Civil Veterinary Dept. Bombay admin report 1932-41 - 1932-1941
Year: 1932
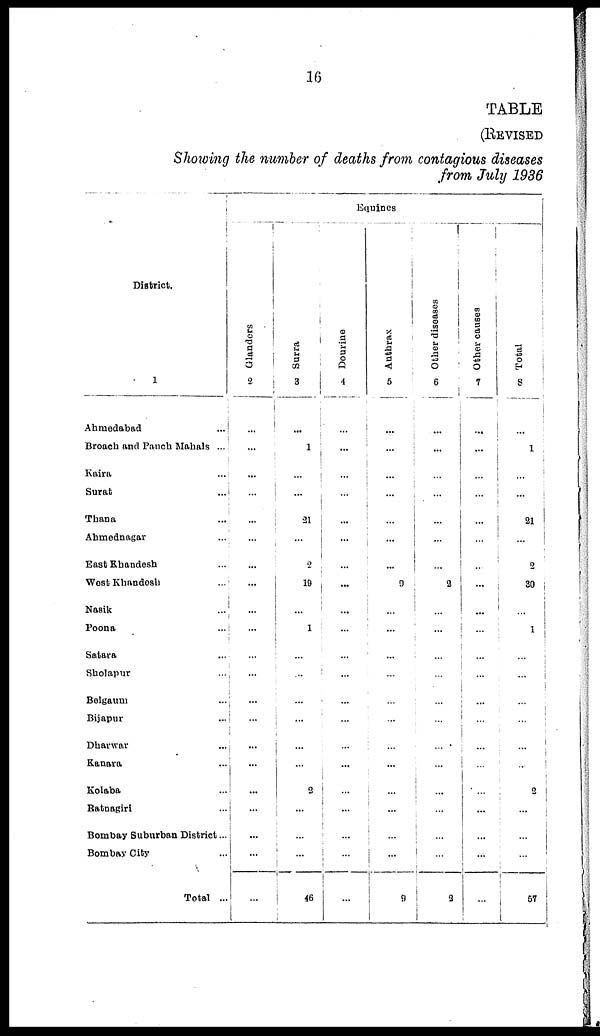
16
TABLE
(REVISED
Showing the number of deaths from contagious diseases
from July 1936
District.
1
Ahmedabad ...
Broach and Panch Mahals ...
Kaira ...
Surat ...
Thana ...
Ahmednagar ...
East Khandesh ...
West Khandesh ...
Nasik ...
Poona ...
Satara ...
Sholapur ...
Belgaum ...
Bijapur ...
Dharwar ...
Kanara ...
Kolaba ...
Ratnagiri ...
Bombay Suburban District ...
Bombay City ...
Total ...
Equines
Glanders
2
...
...
...
...
...
...
...
...
...
...
...
...
...
...
...
...
...
...
...
...
...
Surra
3
...
...
...
...
21
...
2
19
...
1
...
...
...
...
...
...
2
...
...
...
46
Dourine
4
...
...
...
...
...
...
...
...
...
...
...
...
...
...
...
...
...
...
...
...
...
Anthrax
5
...
...
...
...
...
...
...
9
...
...
...
...
...
...
...
...
...
...
...
9
Other diseases
6
...
...
...
...
...
...
...
2
...
...
...
...
...
...
...
...
...
...
...
...
2
Other causes
7
...
...
...
...
...
...
...
...
...
...
...
...
...
...
...
...
...
...
...
...
Total
8
...
1
...
...
21
...
2
30
...
1
...
...
...
...
...
...
2
...
...
...
57